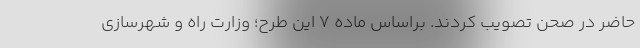
حاضر در صحن تصویب کردند. براساس ماده 7 این طرح؛ وزارت راه و شهرسازی